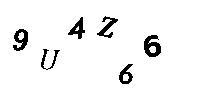
9U4Z66